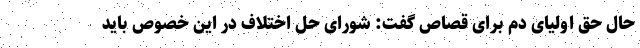
حال حق اولیای دم برای قصاص گفت: شورای حل اختلاف در این خصوص باید